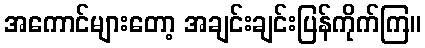
အကောင်များတော့ အချင်းချင်းပြန်ကိုက်ကြ။